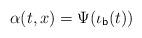
LaTeX: \begin{align*}\alpha(t,x) = \Psi(\iota_{\mathsf{b}}(t))\end{align*}